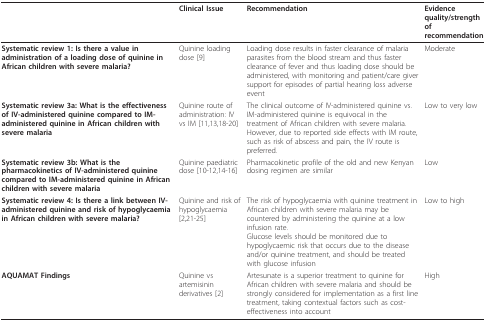
<table><thead><tr><td></td><td><b>Clinical Issue</b></td><td><b>Recommendation</b></td><td><b>Evidence quality/strength of recommendation</b></td></tr></thead><tbody><tr><td><b>Systematic review 1: Is there a value in administration of a loading dose of quinine in African children with severe malaria?</b></td><td>Quinine loading dose [9]</td><td>Loading dose results in faster clearance of malaria parasites from the blood stream and thus faster clearance of fever and thus loading dose should be administered, with monitoring and patient/care giver support for episodes of partial hearing loss adverse event</td><td>Moderate</td></tr><tr><td><b>Systematic review 3a: What is the effectiveness of IV-administered quinine compared to IM-administered quinine in African children with severe malaria</b></td><td>Quinine route of administration: IV vs IM [11,13,18-20]</td><td>The clinical outcome of IV-administered quinine vs. IM-administered quinine is equivocal in the treatment of African children with severe malaria. However, due to reported side effects with IM route, such as risk of abscess and pain, the IV route is preferred.</td><td>Low to very low</td></tr><tr><td><b>Systematic review 3b: What is the pharmacokinetics of IV-administered quinine compared to IM-administered quinine in African children with severe malaria</b></td><td>Quinine paediatric dose [10-12,14-16]</td><td>Pharmacokinetic profile of the old and new Kenyan dosing regimen are similar</td><td>Low</td></tr><tr><td><b>Systematic review 4: Is there a link between IV-administered quinine and risk of hypoglycaemia in African children with severe malaria?</b></td><td>Quinine and risk of hypoglycaemia [2,21-25]</td><td>The risk of hypoglycaemia with quinine treatment in African children with severe malaria may be countered by administering the quinine at a low infusion rate.Glucose levels should be monitored due to hypoglycaemic risk that occurs due to the disease and/or quinine treatment, and should be treated with glucose infusion</td><td>Low to high</td></tr><tr><td><b>AQUAMAT Findings</b></td><td>Quinine vs artemisinin derivatives [2]</td><td>Artesunate is a superior treatment to quinine for African children with severe malaria and should be strongly considered for implementation as a first line treatment, taking contextual factors such as cost-effectiveness into account</td><td>High</td></tr></tbody></table>